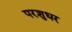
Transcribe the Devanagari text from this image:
परशुधर